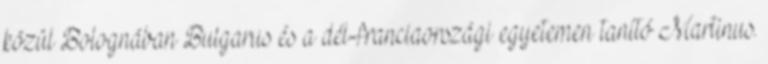
közül Bolognában Bulgarus és a dél-franciaországi egyetemen tanító Martinus.